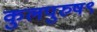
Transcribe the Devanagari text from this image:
कुलपुरुष९